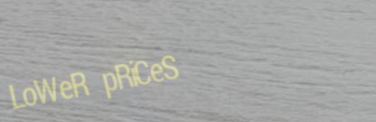
LoWeR pRiCeS